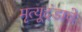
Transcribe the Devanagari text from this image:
मृत्यूदंडाचे